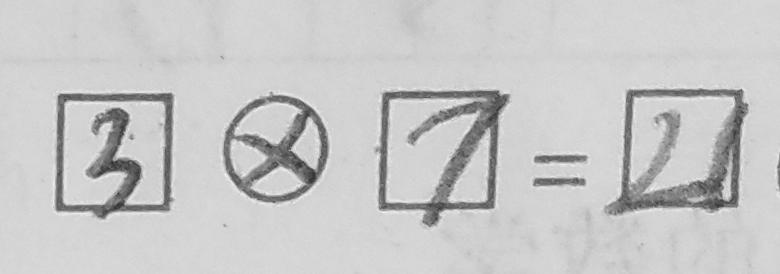
\boxed { 3 } \textcircled { \times } \boxed { 7 } = \boxed { 2 1 }